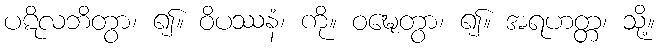
ပဋိလဘိတွာ၊ ၍။ ဝိပဿနံ၊ ကို။ ဝဍ္ဎေတွာ၊ ၍။ အရဟတ္တ၊ သို့။